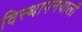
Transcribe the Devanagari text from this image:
विस्थापनवाली